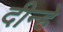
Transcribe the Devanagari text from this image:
दीन्हे